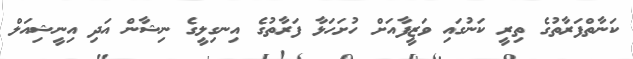
ކަނާތްފަރާތުގެ ތިރީ ކަނުގައި ވަޒީފާއަށް ހުށަހަޅާ ފަރާތުގެ އިނގިލީގެ ނިޝާން އަދި އިނީޝިއަލް